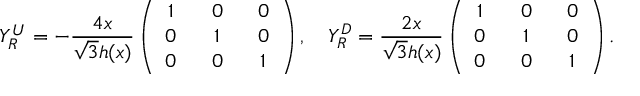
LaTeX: Y _ { R } ^ { U } = - \frac { 4 x } { \sqrt { 3 } h ( x ) } \left( \begin{array} { c c c } { { 1 \, \, } } & { { \, \, 0 \, \, } } & { { \, \, 0 } } \\ { { 0 \, \, } } & { { \, \, 1 \, \, } } & { { \, \, 0 } } \\ { { 0 \, \, } } & { { \, \, 0 \, \, } } & { { \, \, 1 } } \end{array} \right) , \quad Y _ { R } ^ { D } = \frac { 2 x } { \sqrt { 3 } h ( x ) } \left( \begin{array} { c c c } { { 1 \, \, } } & { { \, \, 0 \, \, } } & { { \, \, 0 } } \\ { { 0 \, \, } } & { { \, \, 1 \, \, } } & { { \, \, 0 } } \\ { { 0 \, \, } } & { { \, \, 0 \, \, } } & { { \, \, 1 } } \end{array} \right) .